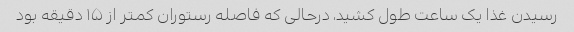
رسیدن غذا یک ساعت طول کشید، درحالی که فاصله رستوران کمتر از ۱۵ دقیقه بود